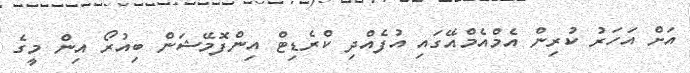
އަށް އަހަރު ކުރިން އެމްއެމްއޭގައި އުފެއްދި ކްރެޑިޓް އިންފޮމޭޝަން ބިއުރޯ އިން މީގެ